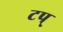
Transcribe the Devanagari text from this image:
टप्